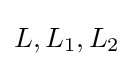
L,L_{1},L_{2}